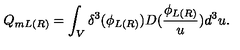
Q _ { m L ( R ) } = \int _ { V } \delta ^ { 3 } ( \phi _ { L ( R ) } ) D ( \frac { \phi _ { L ( R ) } } u ) d ^ { 3 } u .